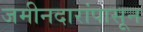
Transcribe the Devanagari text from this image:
जमीनदारांपासून